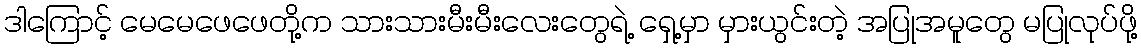
ဒါကြောင့် မေမေဖေဖေတို့က သားသားမီးမီးလေးတွေရဲ့ ရှေ့မှာ မှားယွင်းတဲ့ အပြုအမူတွေ မပြုလုပ်ဖို့